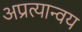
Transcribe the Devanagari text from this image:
अप्रत्यान्वय